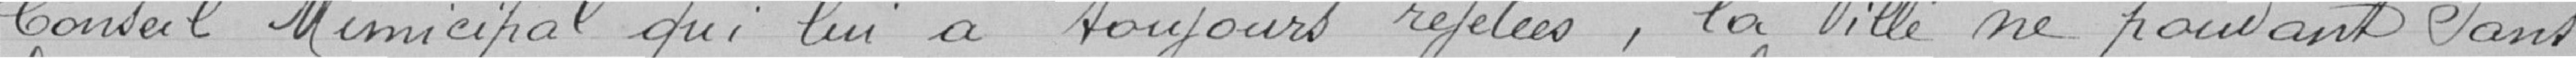
Conseil Municipal qui lui a toujours rejetées, la Ville ne pouvant sans